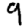
Digit: 9